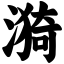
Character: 漪